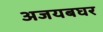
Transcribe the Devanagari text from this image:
अजयबघर